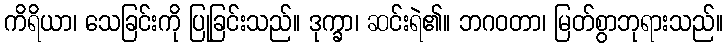
ကိရိယာ၊ သေခြင်းကို ပြုခြင်းသည်။ ဒုက္ခာ၊ ဆင်းရဲ၏။ ဘဂဝတာ၊ မြတ်စွာဘုရားသည်။